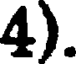
4).